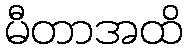
မီတာအထိ